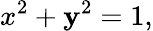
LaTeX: x^{2}+\mathbf{y}^{2}=1,